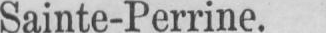
Sainte-Perrine.